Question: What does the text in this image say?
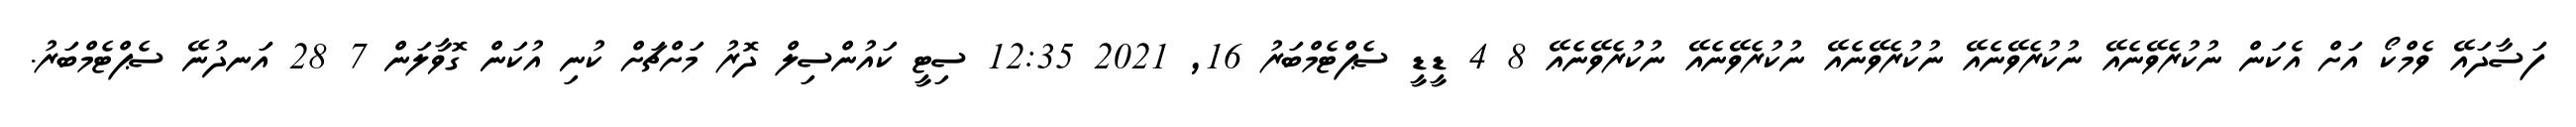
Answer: ފަސާދައޭ ވެމްކޯ އަށް އެކަން ނުކުރެވޭނެއޭ ނުކުރެވޭނެއޭ ނުކުރެވޭނެއޭ ނުކުރެވޭނެއޭ ނުކުރެވޭނެއޭ 8 4 ޑީޑީ ސެޕްޓެމްބަރު 16, 2021 12:35 ސިޓީ ކައުންސިލް ދޮރު މަށްޗަށް ކުނި އުކަން ގޮވާލަން 7 28 އަނދުނޭ ސެޕްޓެމްބަރު.